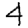
Digit: 4